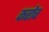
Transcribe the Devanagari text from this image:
करोच